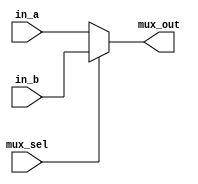

module mux2 #(parameter WIDTH = 8)
             (input  [WIDTH-1:0] in_a, in_b, 
              input              mux_sel, 
              output [WIDTH-1:0] mux_out);

  assign mux_out = mux_sel ? in_b : in_a; 
endmodule